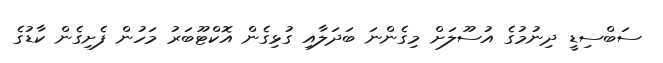
ސަބްސިޑީ ދިނުމުގެ އުސޫލަށް މިގެންނަ ބަދަލާއި ގުޅިގެން އޮކްޓޫބަރު މަހުން ފެށިގެން ކާޑުގެ